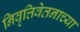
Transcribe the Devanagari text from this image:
निवृत्तिवेतनाच्या